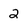
Character: 2